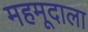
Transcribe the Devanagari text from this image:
महमूदाला